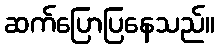
ဆက်ပြောပြနေသည်။